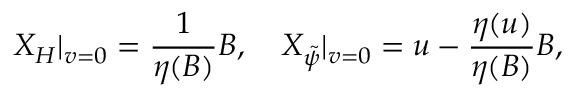
X _ { H } | _ { v = 0 } = \frac { 1 } { \eta ( B ) } B , \quad X _ { \tilde { \psi } } | _ { v = 0 } = u - \frac { \eta ( u ) } { \eta ( B ) } B ,